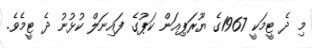
މި ދެ ޓީމަކީ 1967ގެ ޔޫރަޕިއަން ކަޕުގެ ފައިނަލް ކުޅުނު ދެ ޓީމެވެ.